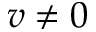
v \ne 0